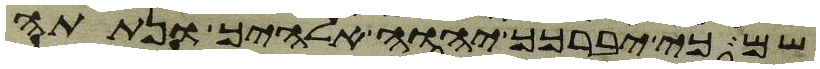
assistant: שם כי יברכך יהוה אלהיך ונתתה